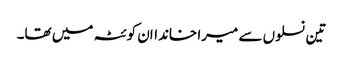
تین نسلوں سے میرا خانداان کوئٹہ میں تھا۔